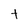
Character: t